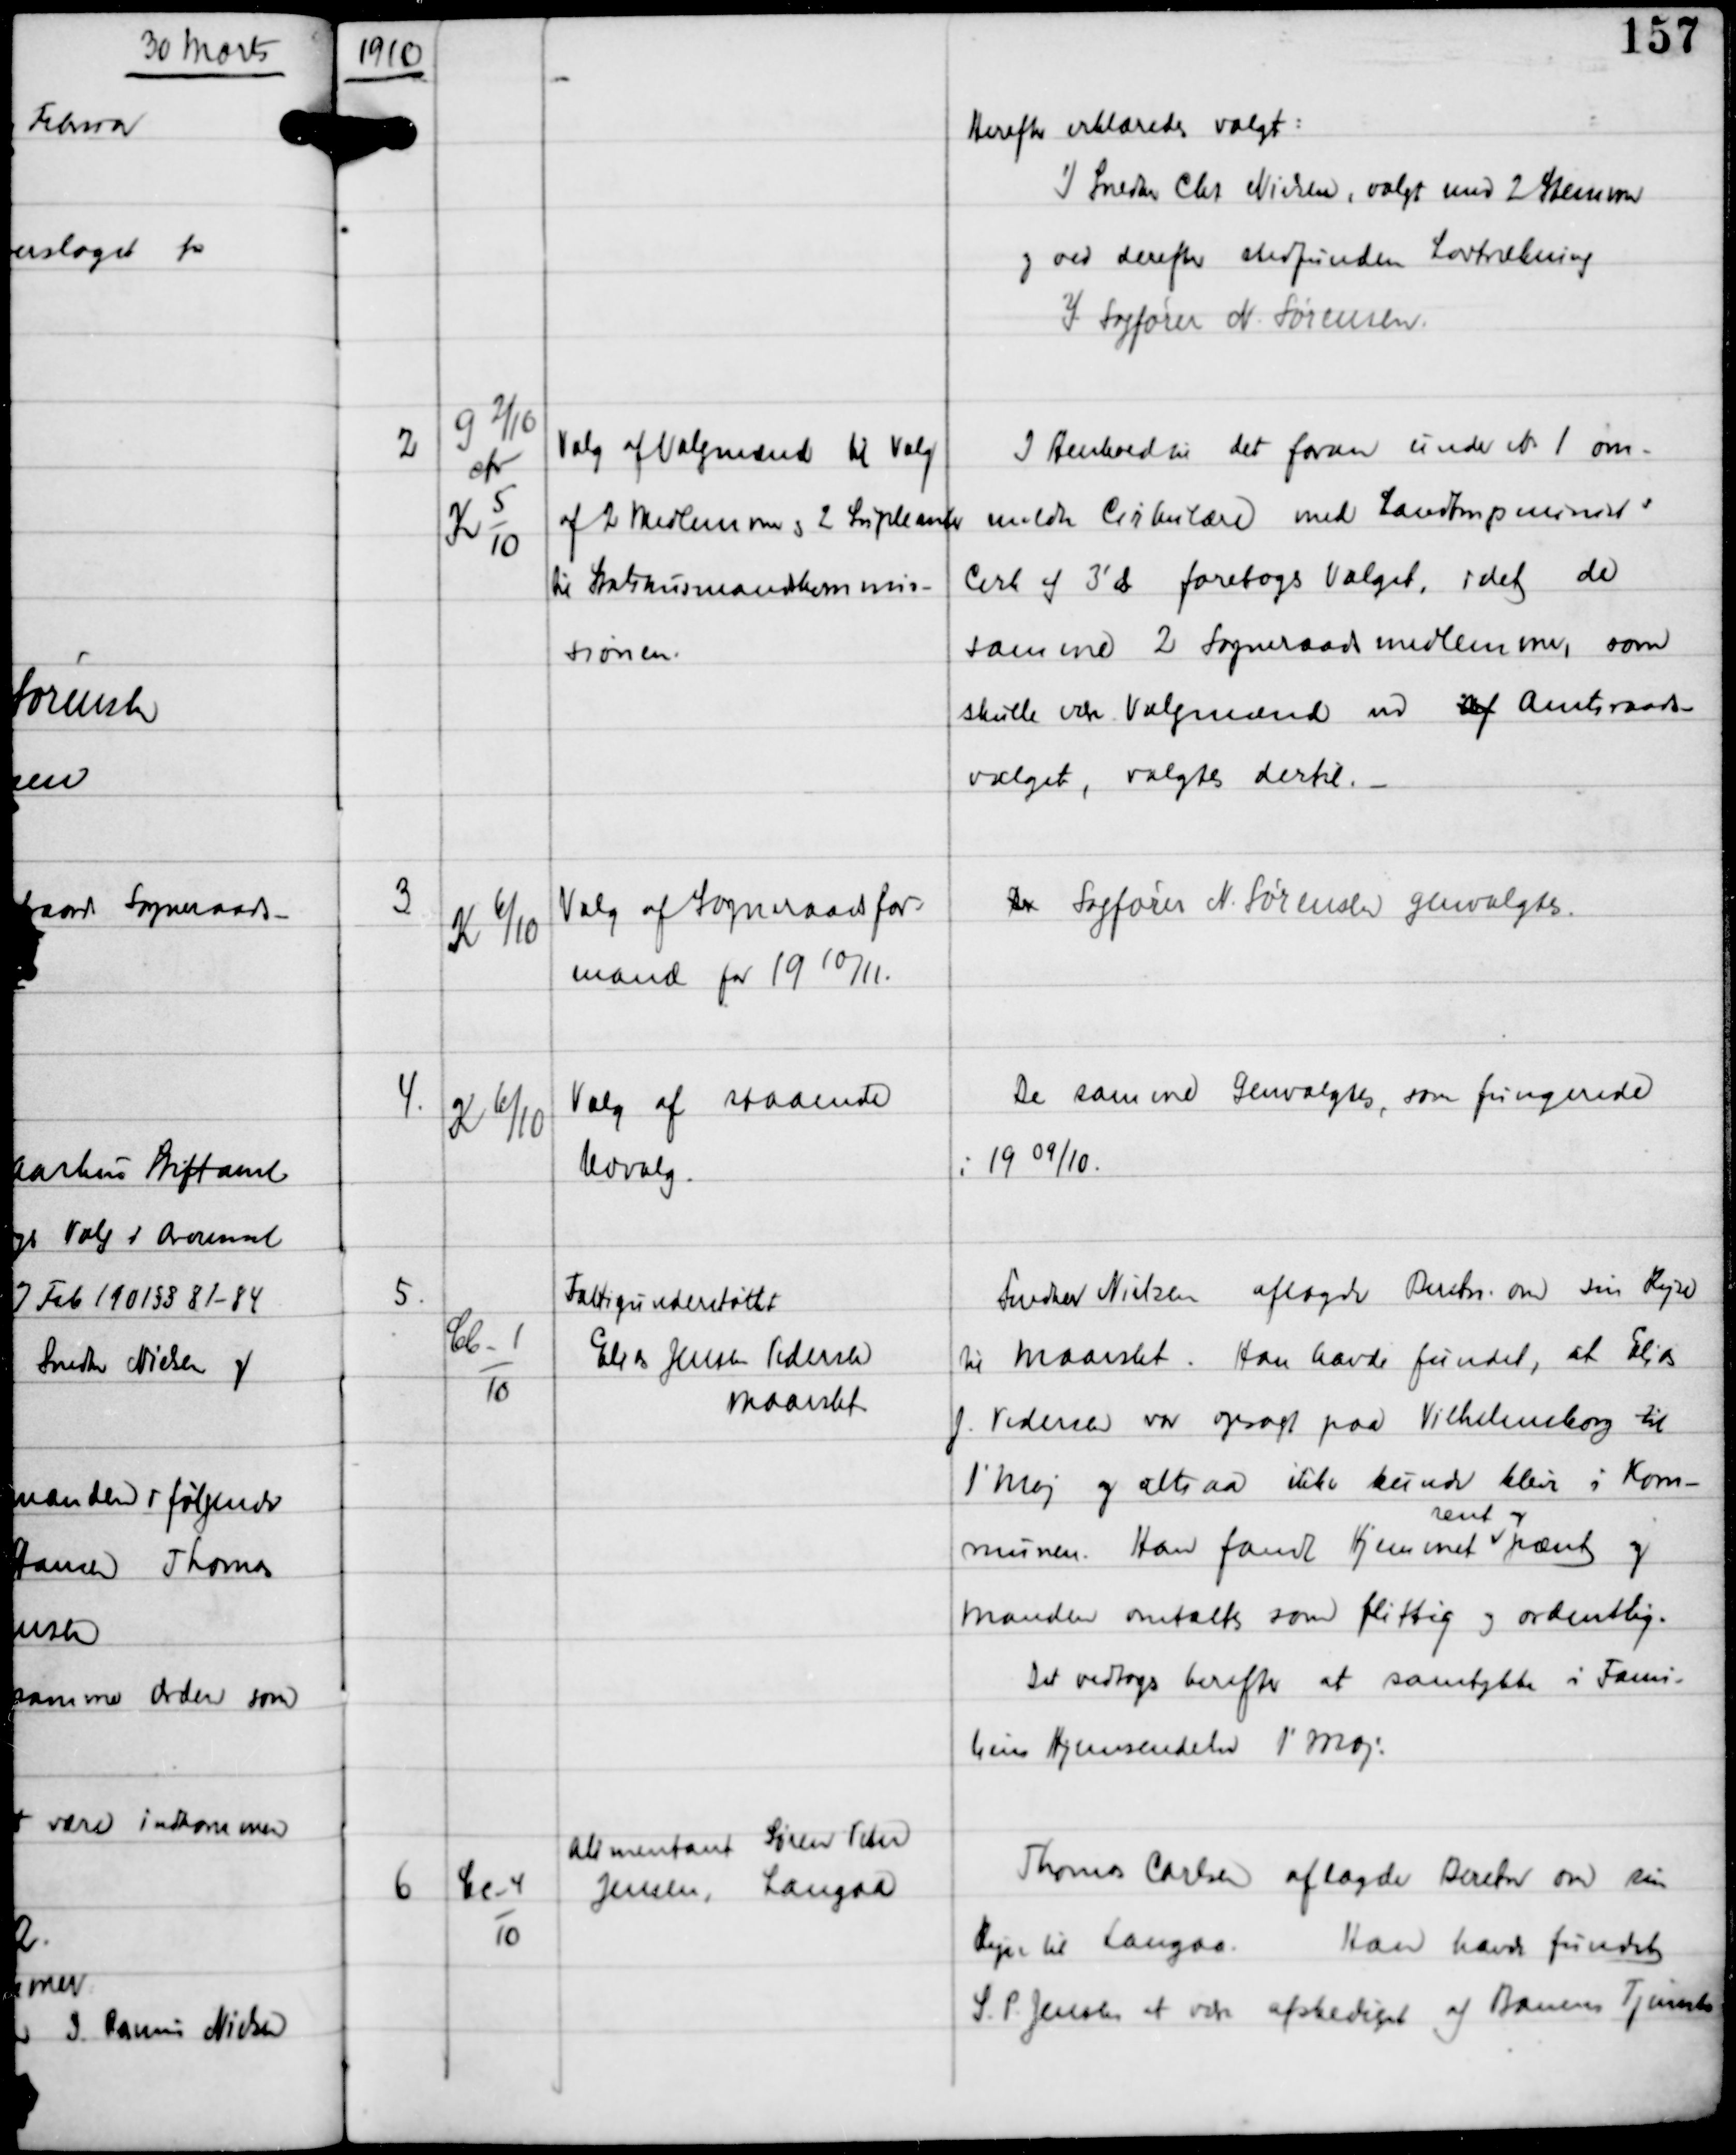
Transskription:
1910

Herefter erklæredes valgt:
1) Snedker Chr Nielsen, valgt med 2 Stemmer
og ved derefter stedfunden Lodtrækning
2) Sagfører N Sørensen.

2

G 2/10
afv
K 5
10

Valg af Valgmænd til Valg
af 2 Medlemmer og 2 Supleanter
til Statshusmandskommis-
sionen.

I Henhold til det foran under N 1 om-
meldte Cirkulære med Landbrugsminist s
Cirk af 3' ds foretoges Valget, idet de
samme 2 Sogneraadsmedlemmer, som
skulle være Valgmænd ved af Amtsraads-
valget, valgtes dertil. -

3

K 6/
10

Valg af Sogneraadsfor-
mand for 19 10/11.

Der Sagfører N. Sørensen genvalgtes.

4.

K 6/
10

Valg af Staaende
Udvalg

De samme Genvalgtes, som fungerede
i 19 09/10

5.

Cb-1
10

Fattigunderstøttet
Elias Jensen Pedersen
Maarslet

Snedker Nielsen aflagde Beretn om sin rejse
til Maarslet. Han havde fundet, at Elias
J. Pedersen var opsagt paa Vilhelmsborg til
1' Maj og altsaa ikke kunde blive i Kom-
munen. Han fandt Hjemmet
rent og
pænt og
manden omtaltes som flittig og ordentlig.
Det vedtoges herefter at samtykke i Fami-
liens Hjemsendelse 1' Maj.

6

Ec-4
10

Alimentant Søren Peter
Jensen, Langaa

Thomas Carlsen aflagde Beretn om sin
Rejse til Langaa.
Han havde fundet
S. P. Jensen at være afskediget af Banens Tjeneste